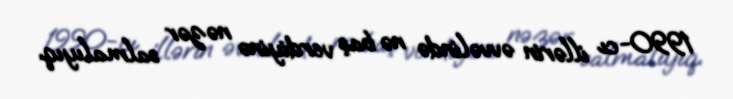
1990-cı illərin əvvəlində nə baş verdiyinə nəzər salmalıyıq.